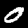
Label: 0